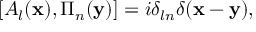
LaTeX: [ A _ { l } ( { \bf x } ) , \Pi _ { n } ( { \bf y } ) ] = i \delta _ { l n } \delta ( { \bf x - y } ) ,